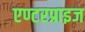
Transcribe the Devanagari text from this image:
एण्टरप्राइज